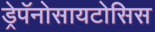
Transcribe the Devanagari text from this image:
ड्रेपॅनोसायटोसिस